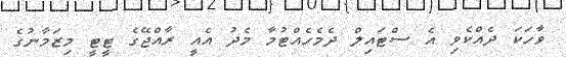
ވާހަކަ ދެއްކެވި އެ ސްޓައިލް ދެމެހެއްޓުމާ މެދު އެއީ ރާއްޖޭގެ ޓީޓީ މިޒަމާނުގެ